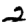
Digit: 2